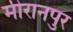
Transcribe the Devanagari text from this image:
मीरानपुर